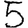
Digit: 5